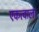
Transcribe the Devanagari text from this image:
एकत्वाला